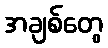
အချစ်တွေ